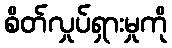
စိတ်လှုပ်ရှားမှုကို